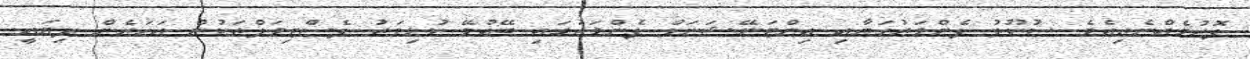
ފޮރުމެއްނެތިއެވެ. ސުކޫލު ފެންވަރުގަޔާއި އިންޓަނޭޝަނަލް ފެންވަރުގައި ބޭއްވޭ ކުޅިވަރު ފެސްޓިވަލްތަކުން އަހަރެން ދިޔައީ